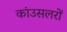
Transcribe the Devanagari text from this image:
कांउसलरों